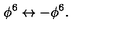
\phi ^ { 6 } \leftrightarrow - \phi ^ { 6 } .